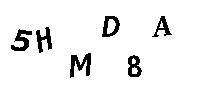
5HMD8A